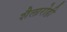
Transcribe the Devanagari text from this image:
शैलारोही